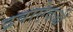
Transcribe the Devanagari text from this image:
द्रवाऐवजी